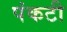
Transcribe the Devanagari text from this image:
पंकटी